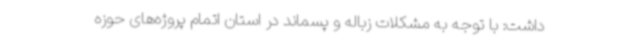
داشت: با توجه به مشکلات زباله و پسماند در استان اتمام پروژه‌های حوزه